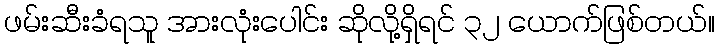
ဖမ်းဆီးခံရသူ အားလုံးပေါင်း ဆိုလို့ရှိရင် ၃၂ ယောက်ဖြစ်တယ်။